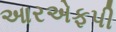
આરએફપી